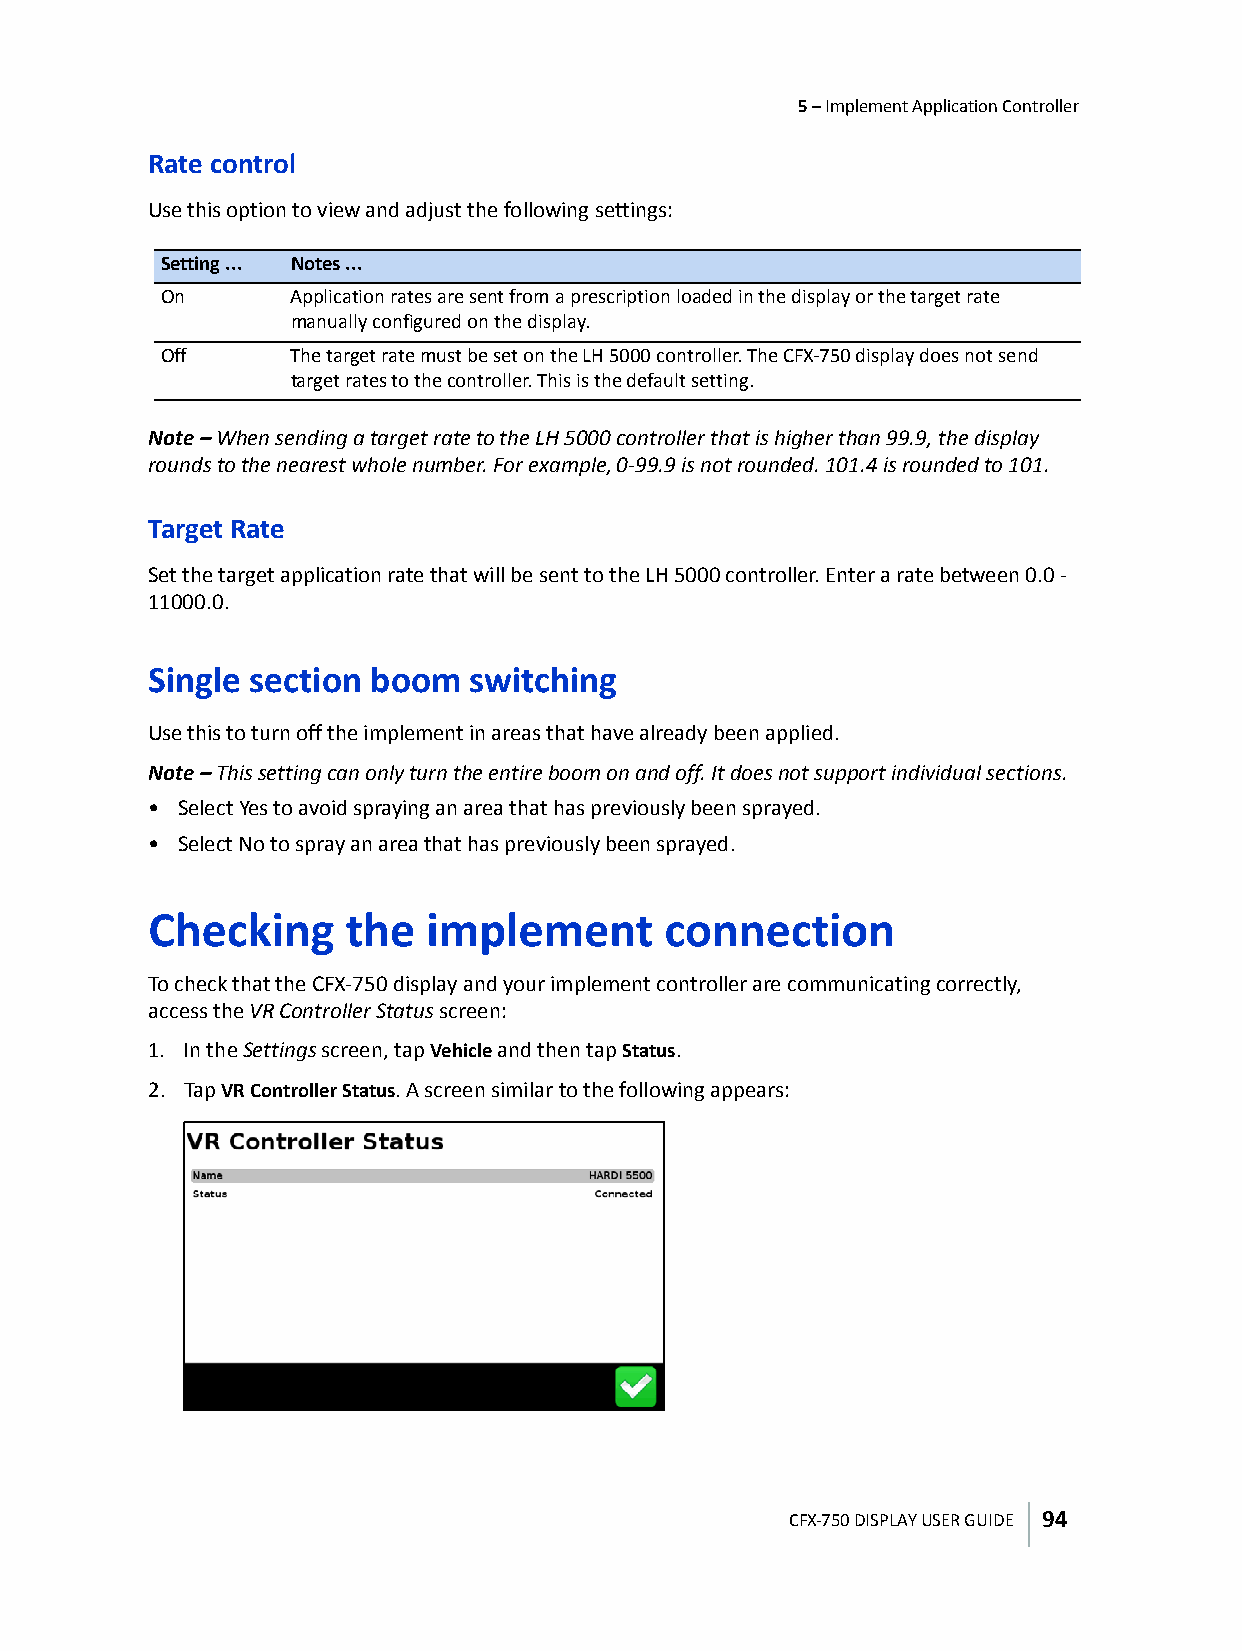
5 – Implement Application Controller
 Rate control
 Use this option to view and adjust the following settings:
 Setting ... Notes ...
 On      Application rates are sent from a prescription loaded in the display or the target rate
 manually configured on the display.
 Off     The target rate must be set on the LH 5000 controller. The CFX-750 display does not send
 target rates to the controller. This is the default setting.
 Note – When sending a target rate to the LH 5000 controller that is higher than 99.9, the display
 rounds to the nearest whole number. For example, 0-99.9 is not rounded. 101.4 is rounded to 101.
 Target Rate
 Set the target application rate that will be sent to the LH 5000 controller. Enter a rate between 0.0 -
 11000.0.
 Single section boom  switching
 Use this to turn off the implement in areas that have already been applied.
 Note – This setting can only turn the entire boom on and off. It does not support individual sections.
 • Select Yes to avoid spraying an area that has previously been sprayed.
 • Select No to spray an area that has previously been sprayed.
 Checking     the  implement       connection
 To check that the CFX-750 display and your implement controller are communicating correctly,
 access the VR Controller Status screen:
 1. In the Settings screen, tap Vehicle and then tap Status.
 2. Tap VR Controller Status. A screen similar to the following appears:
 CFX-750 DISPLAY USER GUIDE 94